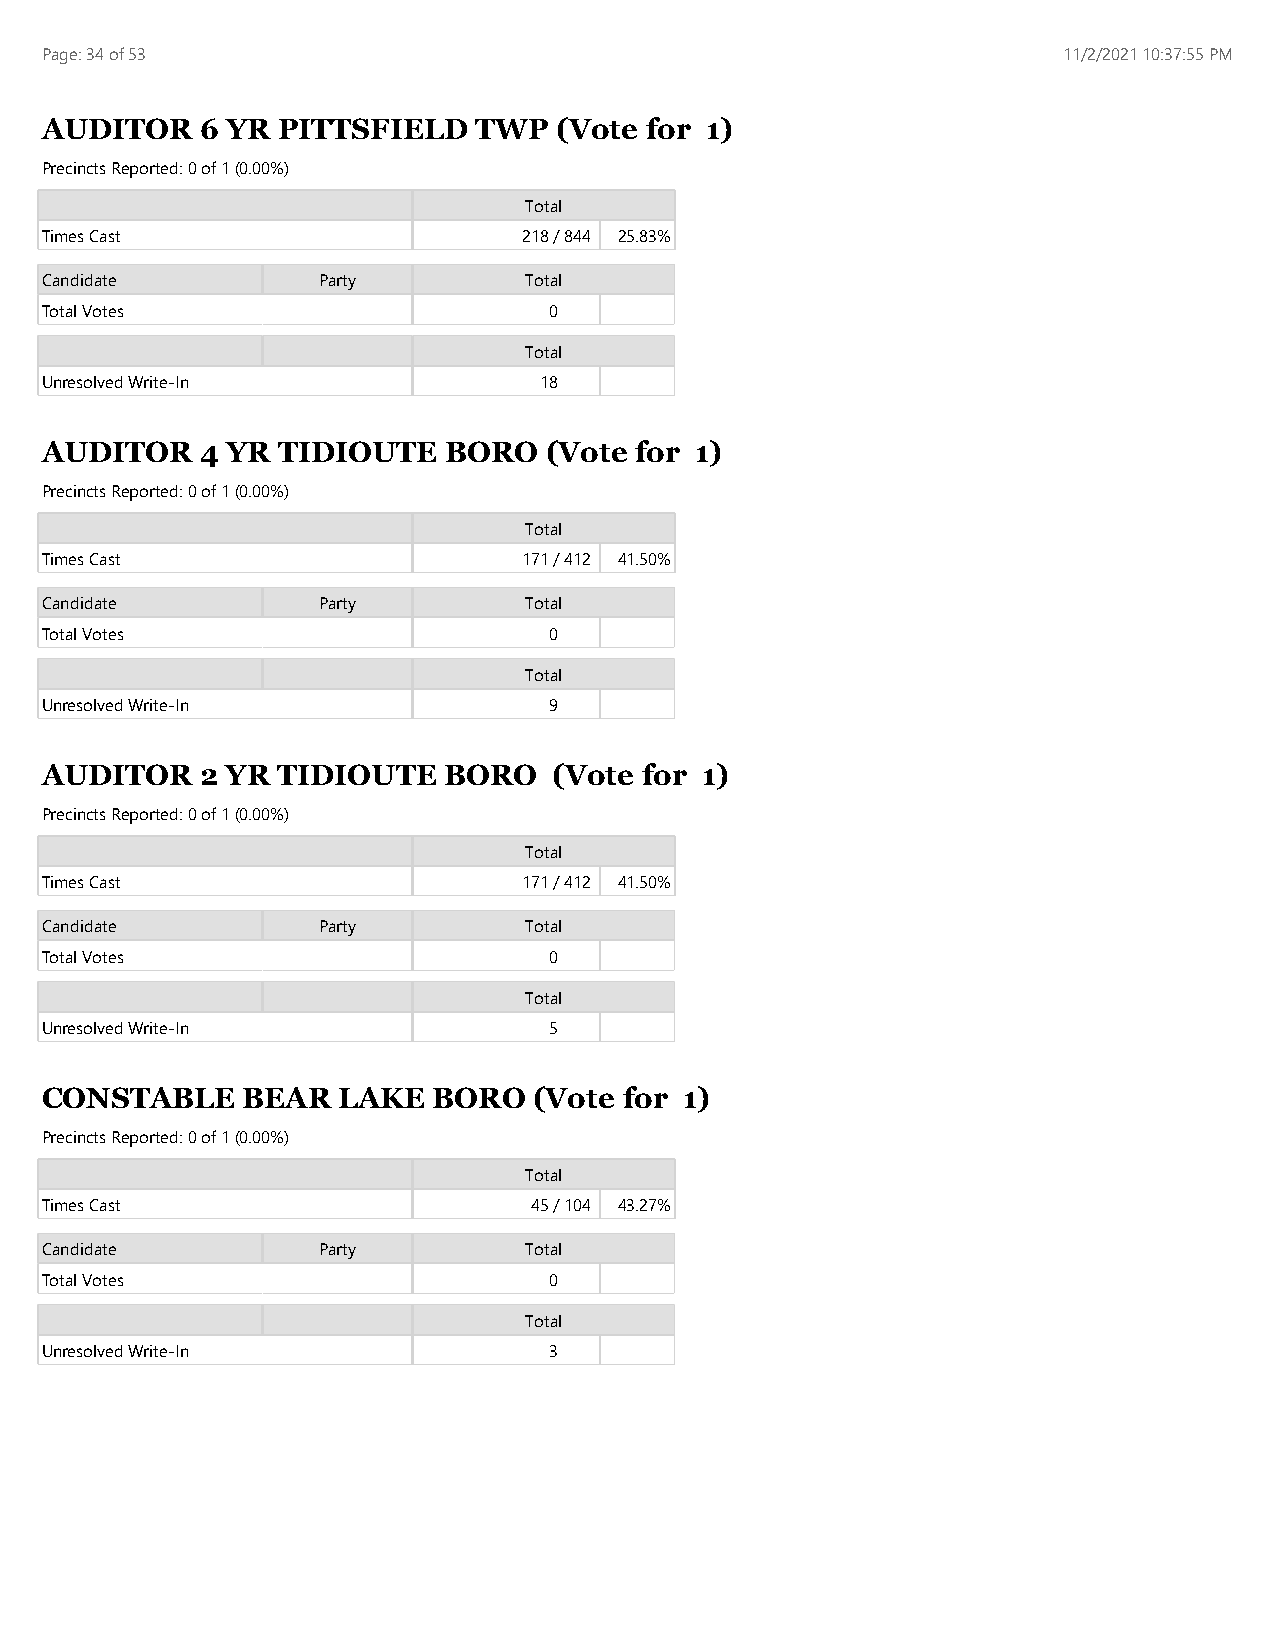
Page: 34 of 53                                                     11/2/2021 10:37:55 PM
 AUDITOR   6 YR PITTSFIELD   TWP   (Vote for 1)
 Precincts Reported: 0 of 1 (0.00%)
 Total
 Times Cast                      218 / 844 25.83%
 Candidate         Party         Total
 Total Votes                      0
 Total
 Unresolved Write-In              18
 AUDITOR   4 YR TIDIOUTE   BORO   (Vote for 1)
 Precincts Reported: 0 of 1 (0.00%)
 Total
 Times Cast                      171 / 412 41.50%
 Candidate         Party         Total
 Total Votes                      0
 Total
 Unresolved Write-In              9
 AUDITOR   2 YR TIDIOUTE   BORO    (Vote for 1)
 Precincts Reported: 0 of 1 (0.00%)
 Total
 Times Cast                      171 / 412 41.50%
 Candidate         Party         Total
 Total Votes                      0
 Total
 Unresolved Write-In              5
 CONSTABLE    BEAR  LAKE   BORO  (Vote for 1)
 Precincts Reported: 0 of 1 (0.00%)
 Total
 Times Cast                      45 / 104 43.27%
 Candidate         Party         Total
 Total Votes                      0
 Total
 Unresolved Write-In              3